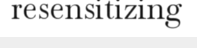
resensitizing